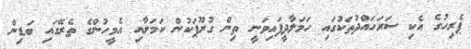
ޕެރިހުގެ އެކި ސަރަހައްދުތަކުގައި ހަމަލާދީފައިވަނީ ތިން ގުރޫޕަކުން ކަމަށާއި އެމީހުންގެ ތެރޭގައި ބަޑިން